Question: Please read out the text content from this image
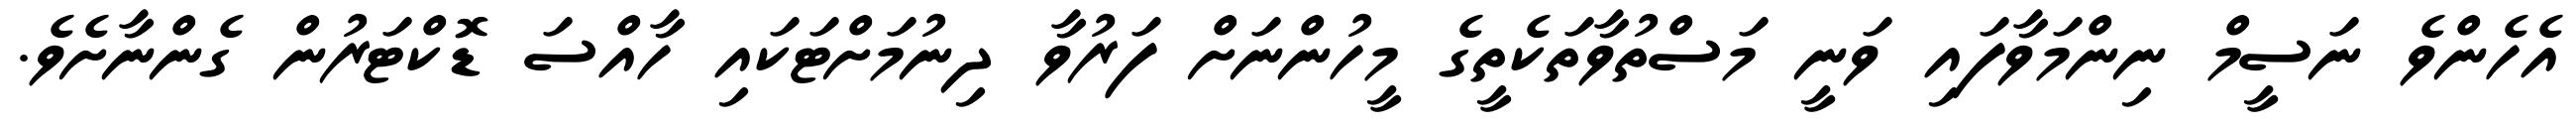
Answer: އެހެންވެ ނަސީމް ނިންމަވާފައި ވަނީ މަސްތުވާތަކެތީގެ މީހުންނަށް ފަރުވާ ދިނުމަށްޓަކައި ހާއްސަ ޑޮކްޓަރުން ގެންނާށެވެ.